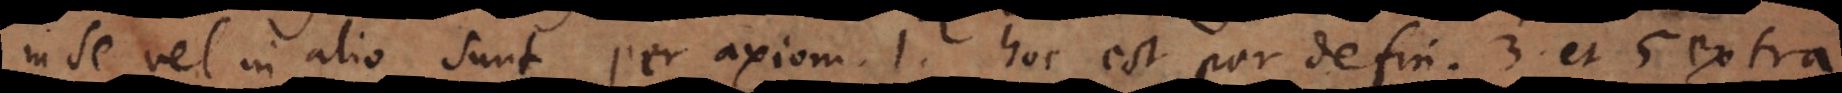
in se vel in alio sunt per axiom. 1, hoc est per defin. 3 et 5 extra